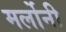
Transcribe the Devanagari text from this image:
मर्लोनी